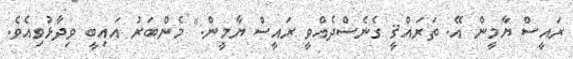
ރައީސް ޔާމީން އޭ. ތަރައްޤީ ގެނެސްދެއްވީ ރައީސް ޔާމީން." މެންބަރު އައިބީ ވިދާޅުވިއެވެ.